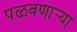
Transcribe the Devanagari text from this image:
पळवणार्‍या